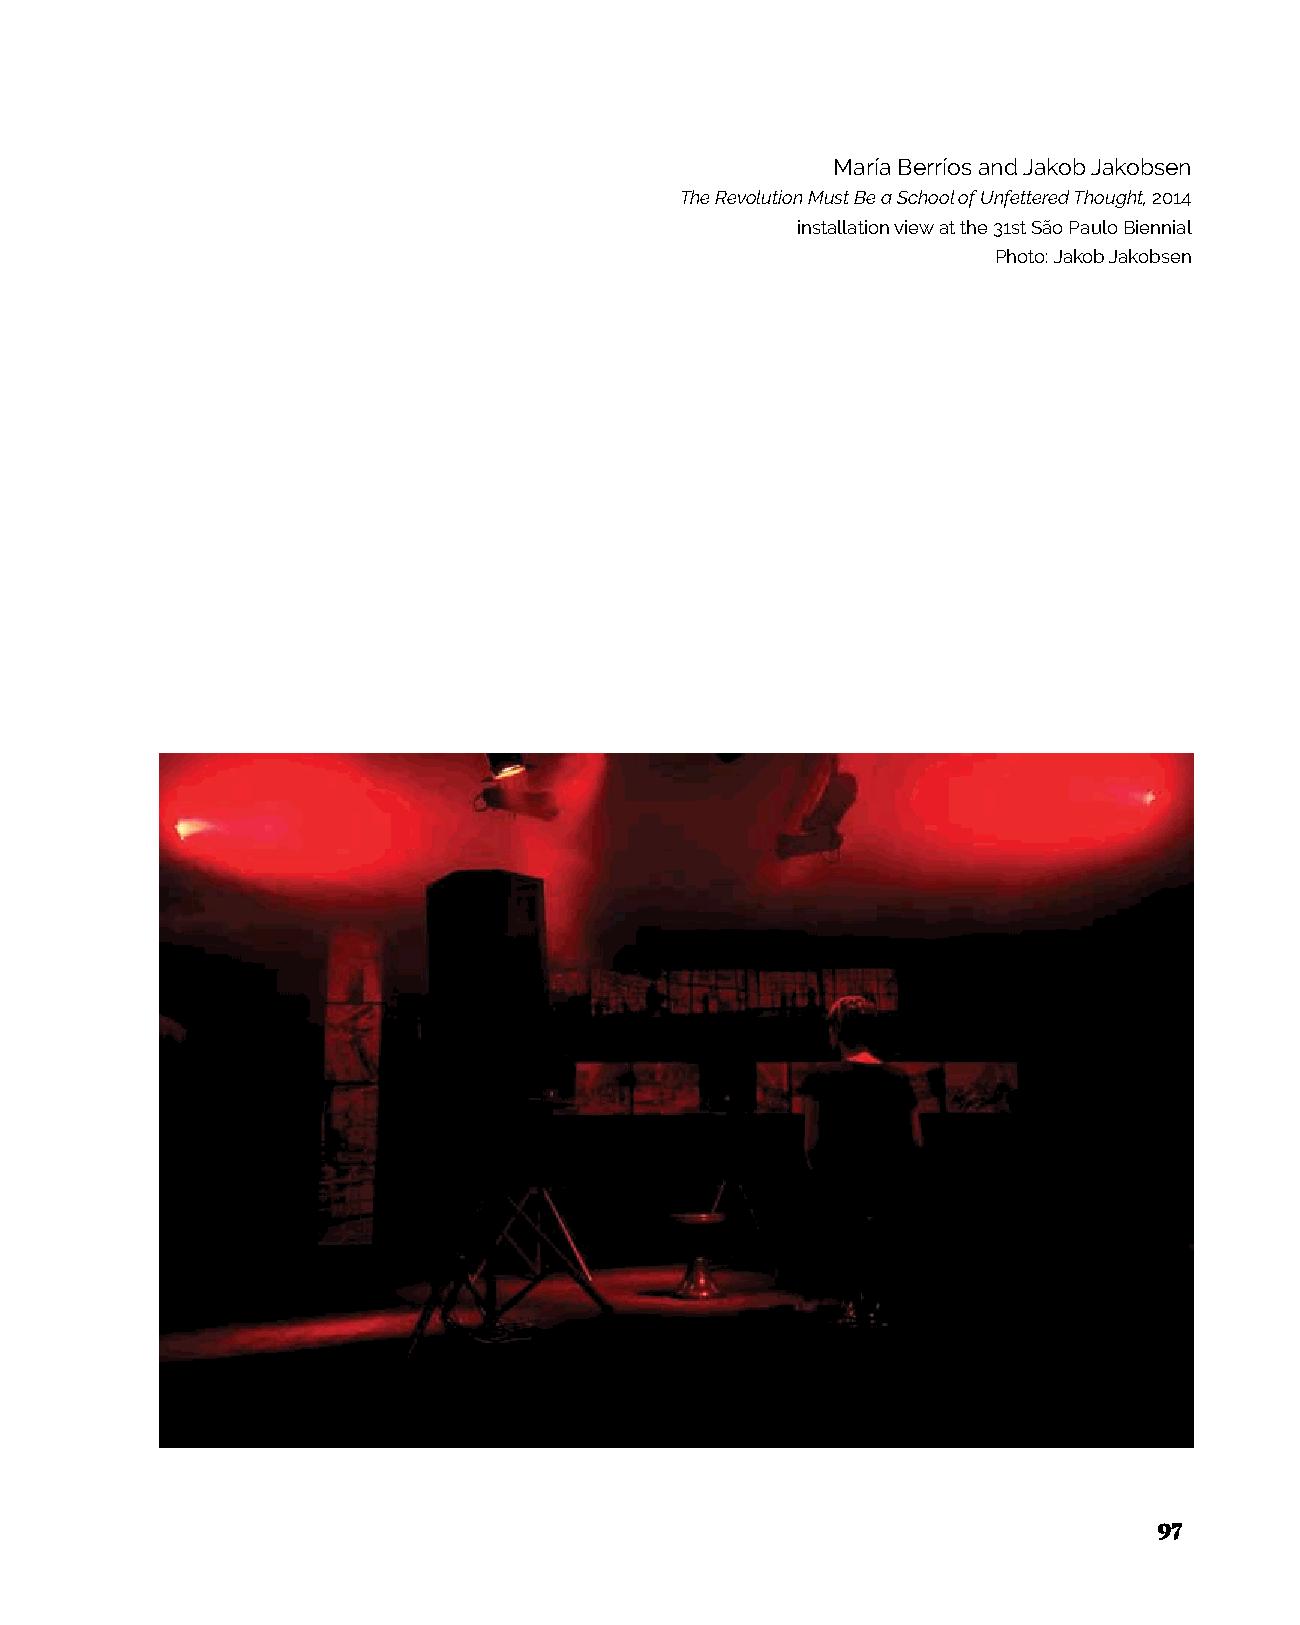
María Berríos and Jakob Jakobsen
 The Revolution Must Be a School of Unfettered Thought, 2014
 installation view at the 31st São Paulo Biennial
 Photo: Jakob Jakobsen
 97